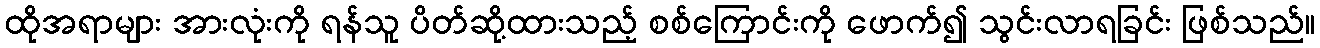
ထိုအရာများ အားလုံးကို ရန်သူ ပိတ်ဆို့ထားသည့် စစ်ကြောင်းကို ဖောက်၍ သွင်းလာရခြင်း ဖြစ်သည်။